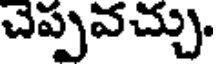
చెప్పవచ్చు.